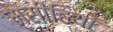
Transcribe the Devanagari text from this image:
मसीहियों